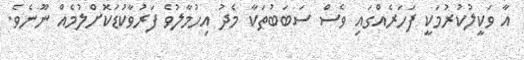
އާ ވަކީލުކުރުމަކީ ފަހަރެއްގައި ވެސް ސަބަބުތަކާ މެދު އިހުމާލުވެ ފަރުވާކުޑަކޮށްލުމެއް ނޫނެވެ.